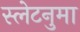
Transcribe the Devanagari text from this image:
स्लेटनुमा